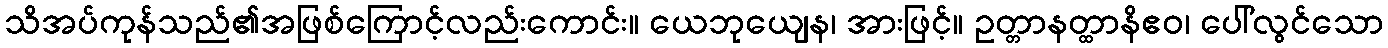
သိအပ်ကုန်သည်၏အဖြစ်ကြောင့်လည်းကောင်း။ ယေဘုယျေန၊ အားဖြင့်။ ဥတ္တာနတ္ထာနိဧဝ၊ ပေါ်လွင်သော